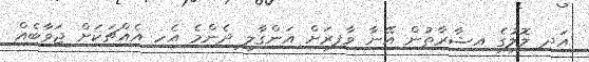
އަދި ލޮލުގެ އިޝާރާތުން އޭނާ ވާފިރަށް އަންގާލީ ދެންމެ އެހި އެއްޗަކަށް ޖަވާބެއް